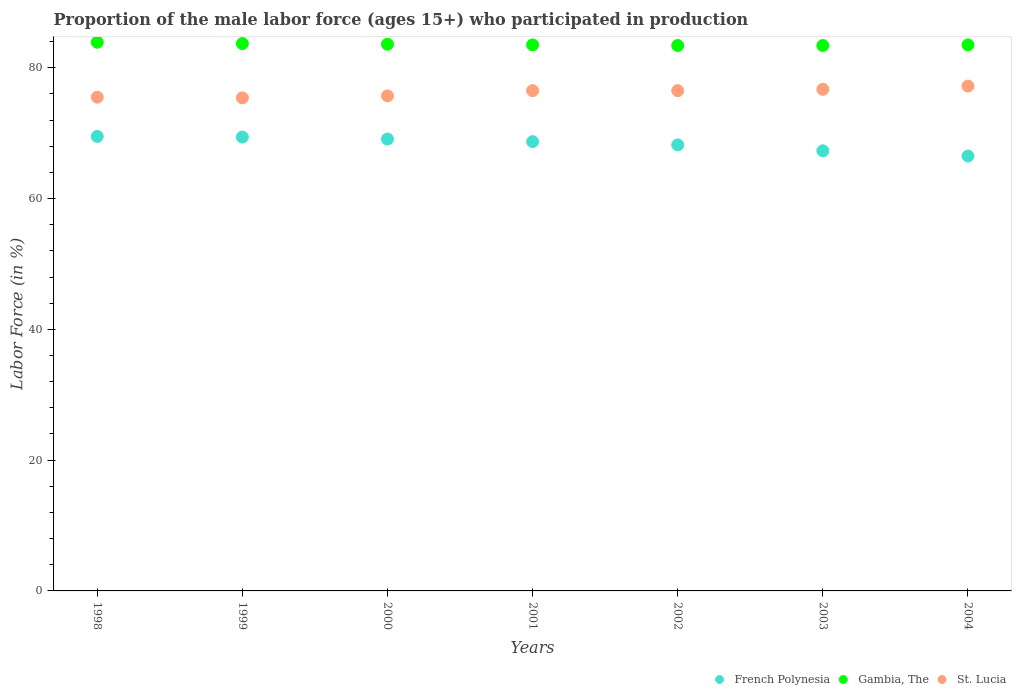
| Years | French Polynesia | Gambia, The | St. Lucia |
 | --- | --- | --- | --- |
 | 1998 | 69.5 | 83.9 | 75.5 |
 | 1999 | 69.4 | 83.7 | 75.4 |
 | 2000 | 69.1 | 83.6 | 75.7 |
 | 2001 | 68.7 | 83.5 | 76.5 |
 | 2002 | 68.2 | 83.4 | 76.5 |
 | 2003 | 67.3 | 83.4 | 76.7 |
 | 2004 | 66.5 | 83.5 | 77.2 |